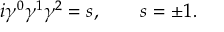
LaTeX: i \gamma ^ { 0 } \gamma ^ { 1 } \gamma ^ { 2 } = s , \qquad s = \pm 1 .